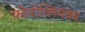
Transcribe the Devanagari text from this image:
कोनोप्लियंका